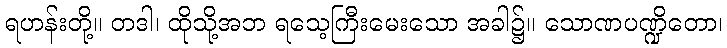
ရဟန်းတို့။ တဒါ၊ ထိုသို့အဘ ရသေ့ကြီးမေးသော အခါ၌။ သောဏပဏ္ဍိတော၊